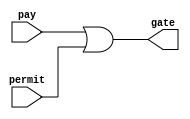
`timescale 1ns / 1ps
//////////////////////////////////////////////////////////////////////////////////
// Company: 
// Engineer: 
// 
// Design Name: 
// Module Name: GateAccess
// Project Name: 
// Target Devices: 
// Tool Versions: 
// Description: 
// 
// Dependencies: 
// 
// Revision:
// Revision 0.01 - File Created
// Additional Comments:
// 
//////////////////////////////////////////////////////////////////////////////////


module GateAccess(
    input pay,
    input permit,
    output gate
    );
    assign gate = pay || permit;
endmodule